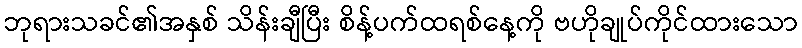
ဘုရားသခင်၏အနှစ် သိန်းချီပြီး စိန့်ပက်ထရစ်နေ့ကို ဗဟိုချုပ်ကိုင်ထားသော